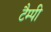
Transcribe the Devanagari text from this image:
टैम्पी